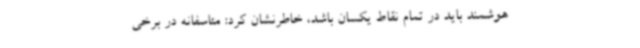
هوشمند باید در تمام نقاط یکسان باشد، خاطرنشان کرد: متاسفانه در برخی